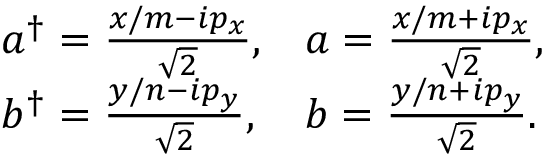
\begin{array} { l l } { { a ^ { \dagger } = \frac { x / m - i p _ { x } } { \sqrt { 2 } } , } } & { { a = \frac { x / m + i p _ { x } } { \sqrt { 2 } } , } } \\ { { b ^ { \dagger } = \frac { y / n - i p _ { y } } { \sqrt { 2 } } , } } & { { b = \frac { y / n + i p _ { y } } { \sqrt { 2 } } . } } \end{array}